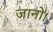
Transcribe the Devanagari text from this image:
जानो।